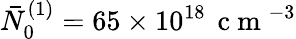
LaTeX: \bar{N}_{0}^{(1)}=65\times 10^{18}\, \mathrm{~c~m~}^{-3}